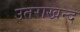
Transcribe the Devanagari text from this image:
उतराखन्द